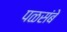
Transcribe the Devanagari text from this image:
पळसंबे